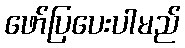
ဖော်ပြပေးပါမည်